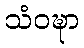
သံဝဍ္ဎာ